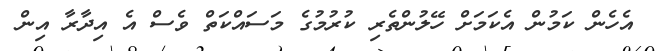
އެހެން ކަމުން އެކަމަށް ހޭލުންތެރި ކުރުމުގެ މަސައްކަތް ވެސް އެ އިދާރާ އިން